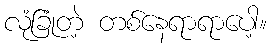
လုံခြုံတဲ့ တစ်နေရာရာပေါ့။